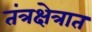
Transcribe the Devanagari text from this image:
तंत्रक्षेत्रात